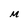
Character: M